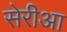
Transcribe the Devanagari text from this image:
सेरीआ